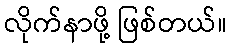
လိုက်နာဖို့ ဖြစ်တယ်။